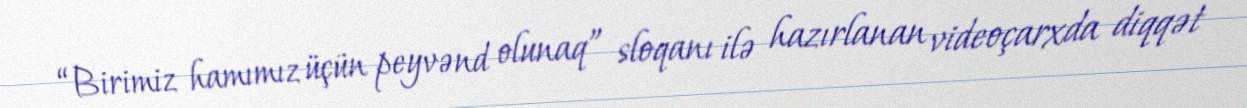
“Birimiz hamımız üçün peyvənd olunaq” sloqanı ilə hazırlanan videoçarxda diqqət